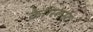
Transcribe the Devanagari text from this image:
क्रैग्स्लिस्ट